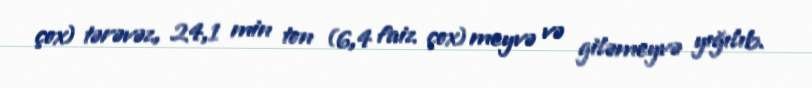
çox) tərəvəz, 24,1 min ton (6,4 faiz çox) meyvə və giləmeyvə yığılıb.